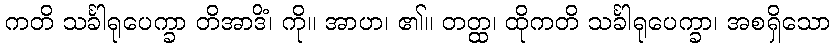
ကတိ သင်္ခါရုပေက္ခာ တိအာဒိံ၊ ကို။ အာဟ၊ ၏။ တတ္ထ၊ ထိုကတိ သင်္ခါရုပေက္ခာ၊ အစရှိသော